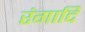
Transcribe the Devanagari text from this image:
रंगादि